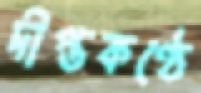
দীপ্তকণ্ঠে